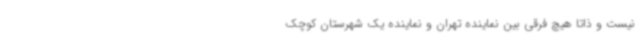
نیست و ذاتاً هیچ فرقی بین نماینده تهران و نماینده یک شهرستان کوچک